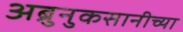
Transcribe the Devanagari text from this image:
अब्रुनुकसानीच्या